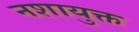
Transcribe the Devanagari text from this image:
नशायुक्त